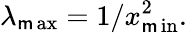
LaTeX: \lambda_{\operatorname*{\mathsf{m}ax}}=1/x_{\operatorname*{\mathsf{m}in}}^{2}.